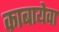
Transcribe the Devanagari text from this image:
काबायेवा